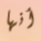
أنها